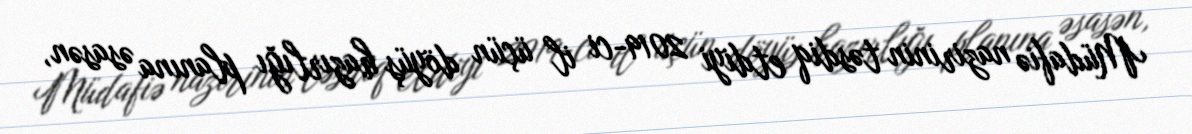
Müdafiə nazirinin təsdiq etdiyi 2019-ci il üçün döyüş hazırlığı planına əsasən,